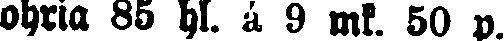
ohria 85 hl. á 9 mk 50 p.